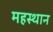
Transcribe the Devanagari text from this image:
महस्थान